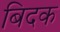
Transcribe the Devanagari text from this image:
बिदक